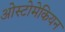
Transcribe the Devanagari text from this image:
ओस्टोमेकियन